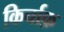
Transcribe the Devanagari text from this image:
किर्चाफ़